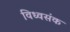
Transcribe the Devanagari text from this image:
विध्वसंक